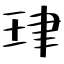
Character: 珒